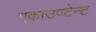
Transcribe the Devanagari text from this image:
एकाउण्टेन्ट